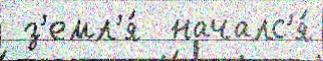
 з'емл'я́  началс'я́